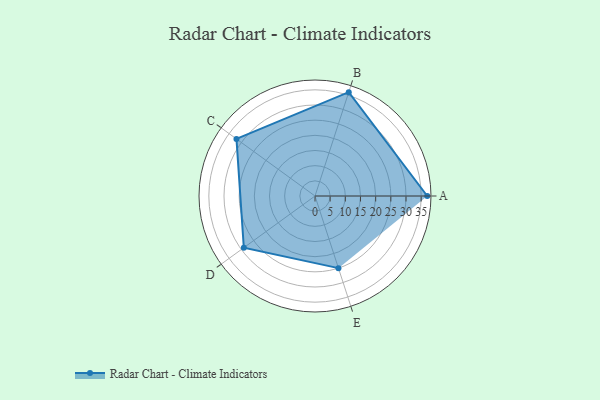
{"axis": {"x": "Skill", "y": "Score"}, "legend": ["Profile"], "data": [{"x": "A", "y": 37.0, "type": "Profile"}, {"x": "B", "y": 36.0, "type": "Profile"}, {"x": "C", "y": 32.0, "type": "Profile"}, {"x": "D", "y": 29.0, "type": "Profile"}, {"x": "E", "y": 25.0, "type": "Profile"}]}